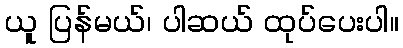
ယူ ပြန်မယ်၊ ပါဆယ် ထုပ်ပေးပါ။